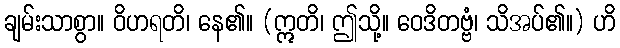
ချမ်းသာစွာ။ ဝိဟရတိ၊ နေ၏။ (ဣတိ၊ ဤသို့။ ဝေဒိတဗ္ဗံ၊ သိအပ်၏။) ဟိ